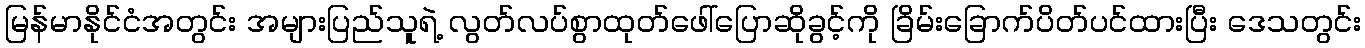
မြန်မာနိုင်ငံအတွင်း အများပြည်သူရဲ့ လွတ်လပ်စွာထုတ်ဖေါ်ပြောဆိုခွင့်ကို ခြိမ်းခြောက်ပိတ်ပင်ထားပြီး ဒေသတွင်း